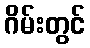
ဂိမ်းတွင်